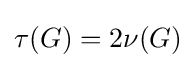
\tau (G)=2\nu (G)